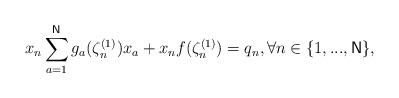
LaTeX: \begin{align*}x_{n}\sum_{a=1}^{\mathsf{N}}g_{a}(\zeta _{n}^{(1)})x_{a}+x_{n}f(\zeta_{n}^{(1)})=q_{n},\forall n\in \{1,...,\mathsf{N}\},\end{align*}